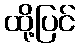
ထို့ပြင်